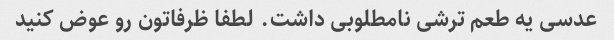
عدسی یه طعم ترشی نامطلوبی داشت. لطفا ظرفاتون رو عوض کنید